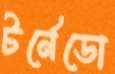
টর্নেডো